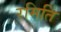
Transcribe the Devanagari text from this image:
रमिति